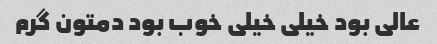
عالی بود خیلی خیلی خوب بود دمتون گرم